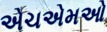
એચએમઓ